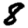
Digit: 8